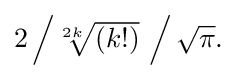
{\textstyle 2\left/{\sqrt[{2k}]{(k!)}}\ \right/{\sqrt {\pi }}.}